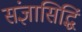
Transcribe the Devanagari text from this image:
संज्ञासिद्धिं